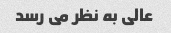
عالی به نظر می رسد